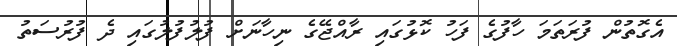
އެގޮތުން ފުރަތަމަ ހާފުގެ ފަހު ކޮޅުގައި ރާއްޖޭގެ ނިހާނަށް ފުލުފުލުގައި ދެ ފުރުސަތު